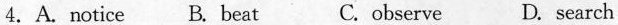
4. A.Notice B. Beat C. Observe D. Search